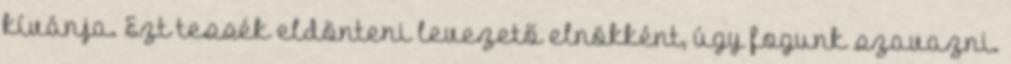
kívánja. Ezt tessék eldönteni levezető elnökként, úgy fogunk szavazni.